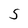
Character: S